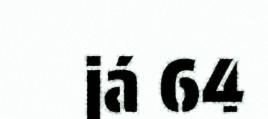
já 64